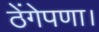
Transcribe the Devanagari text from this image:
ठेंगेपणा।